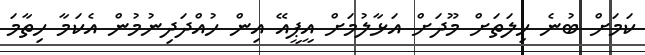
ކަމަށް ބުނެ ހިލަތަށް މޫދަށް އަޅާލުމަށް އީޕީއޭ އިން ހުއްދަދިނުމުން އެކަމާ ހިތާމަ